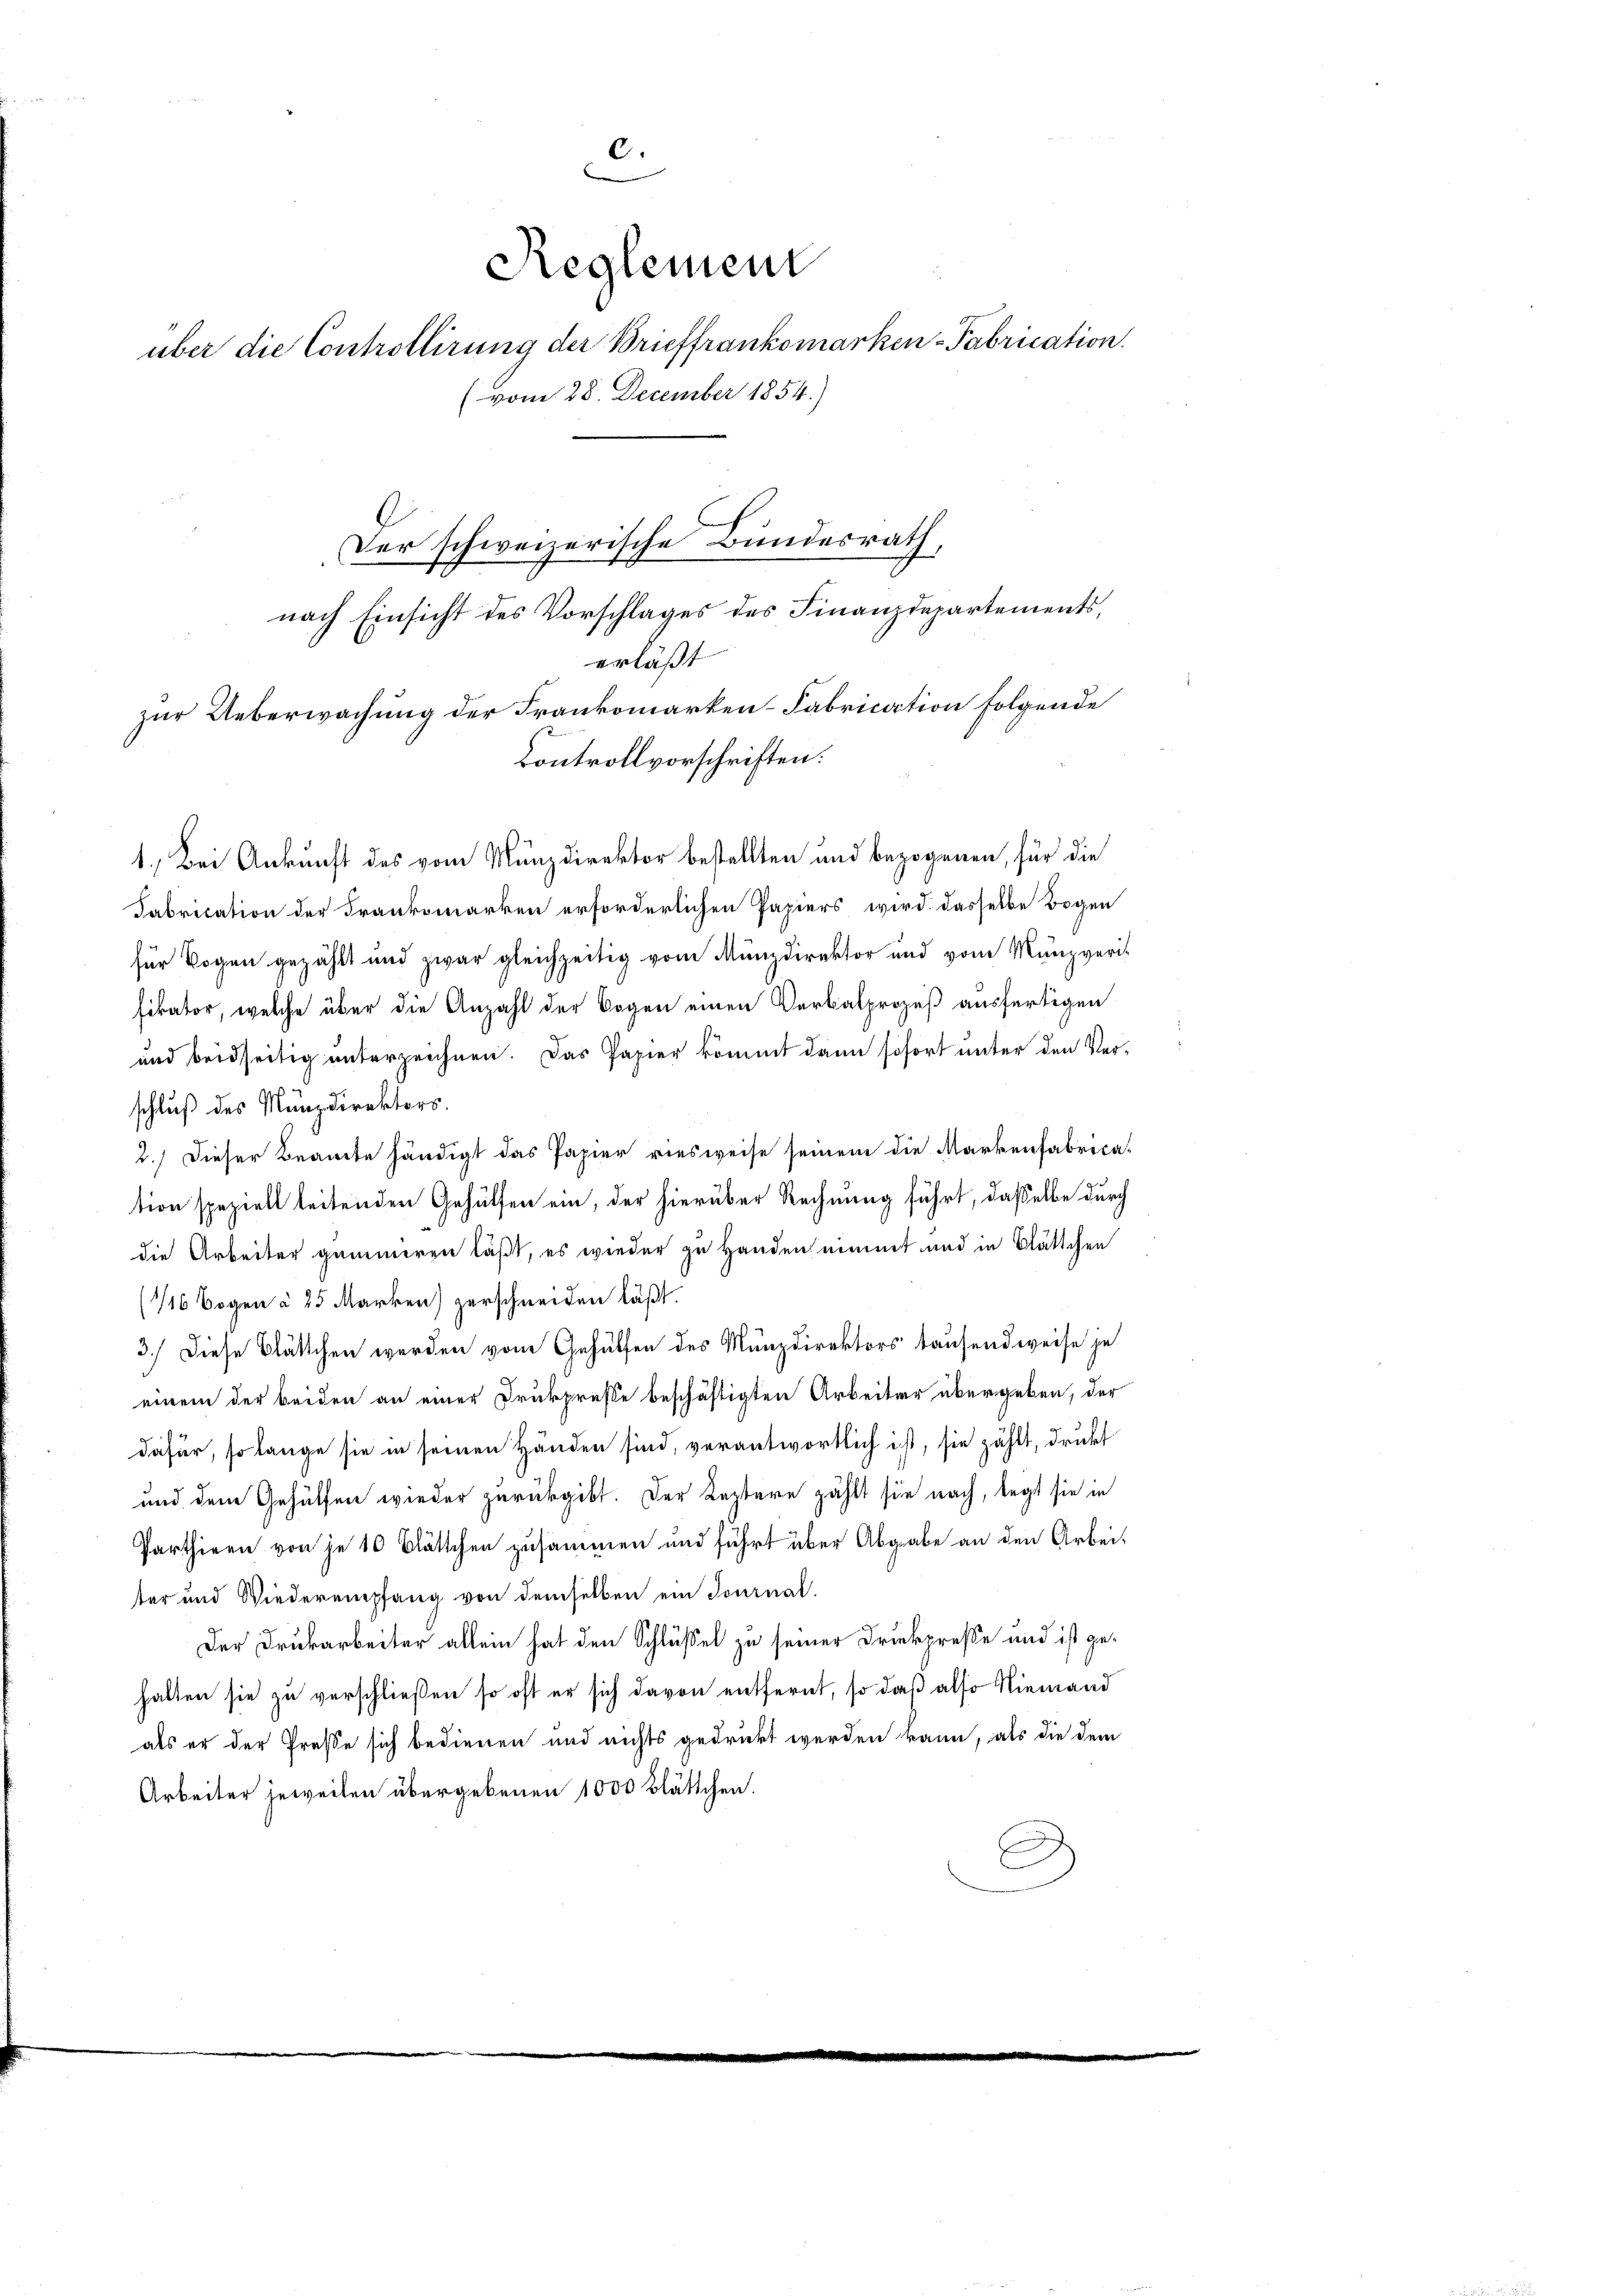
c
Reglement
über die Controllirung der Brieffrankomarken-Fabrication
(vom 28. December 1854.)

Der schweizerische Bundesrath,
nach Einsicht des Vorschlages des Finanzdepartements,
erläßt
zur Ueberwachung der Frankomarken-Fabrication folgende
Controllvorschriften:

1. Bei Ankunft des vom Münzdirektor bestellten und bezogenen, für die
Fabrication der Frankomarken erforderlichen Papiers wird dasselbe Bogen
für Vogen gezählt und zwar gleichzeitig vom Münzdirektor und vom Münzverit
fikator, welche über die Anzahl der Bogen einen Verbalprozeß ausfertigen
und beidseitig unterzeichnen. Das Papier kommt dann sofort unter den Verschluß des Münzdirektors.
2.) Dieser Beamte händigt das Papier ries weise seinem die Markenfabrication speziell leitenden Gehülfen ein, der hierüber Rechnung führt, daßelbe durch
die Arbeiter gemieren läßt, es wieder zu Handen nimmt und in Blättchen
(16 Bogen à 25 Marken zerschneiden läßt.
3.) Diese Blättchen werden von Gehülfen des Münzdirektors tausend weise je
einem der beiden an einer Drukprüsse beschäftigten Arbeiter übergeben, der
dafür, so lange sie in seinen Händen sind, verantwortlich ist, sie zählt, drukt
und dem Gehülfen wieder zurückgibt. Der Leztere zählt sie nach, legt sie in
Parthieen von je 10 Blättchen zusammen und führt über Abgabe an den Arbeiter und Wiederempfang von demselben ein Tournal
Der Drukarbeiter allein hat den Schlüßel zu seiner Druckpresse und ist gehalten sie zu verschließen so oft er sich davon entfernt, so daß also Niemand
als er der Presse sich bedienen und nichts gedrückt werden kann, als die dem
Arbeiter jeweilen übergebenen 1000 Blättchen.